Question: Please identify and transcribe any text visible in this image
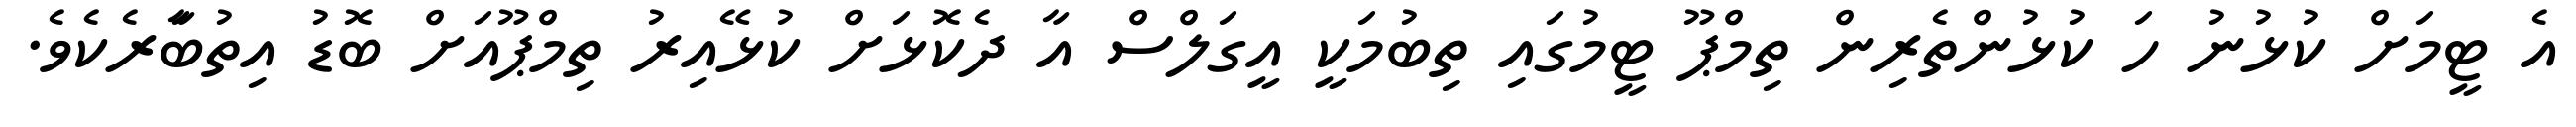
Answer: އެ ޓީމަށް ކުޅުނު ހަ ކުޅުންތެރިން ތިމްޕޫ ޓީމުގައި ތިބުމަކީ އީގަލްސް އާ ދެކޮޅަށް ކުޅޭއިރު ތިމްޕޫއަށް ބޮޑު އިތުބާަރެކެވެ.